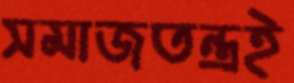
সমাজতন্ত্রই